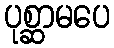
ပုစ္ဆာမပေ